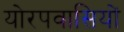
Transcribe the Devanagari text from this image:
योरपवासियों